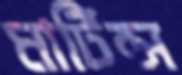
মার্টিন্স